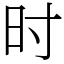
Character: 时